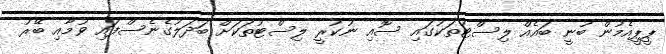
ޕީޕީއެމުން ބުނީ ބައެއް ލިސްޓުތަކުގައި ސޮއި ނުކުރީ ލިސްޓުތަކަށް ބަދަލުގެނެސްފައި ވުމާއި ބޭރު